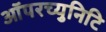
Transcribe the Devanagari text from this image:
ऑपरच्युनिटि